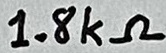
Text: 1.8kΩ